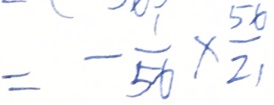
= - \frac { 1 } { 5 6 } \times \frac { 5 6 } { 2 1 }